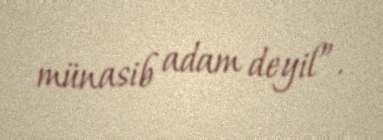
münasib adam deyil”.